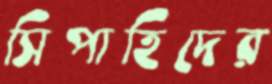
সিপাহিদের